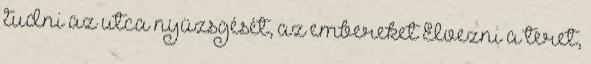
tudni az utca nyüzsgését, az embereket Élvezni a teret,